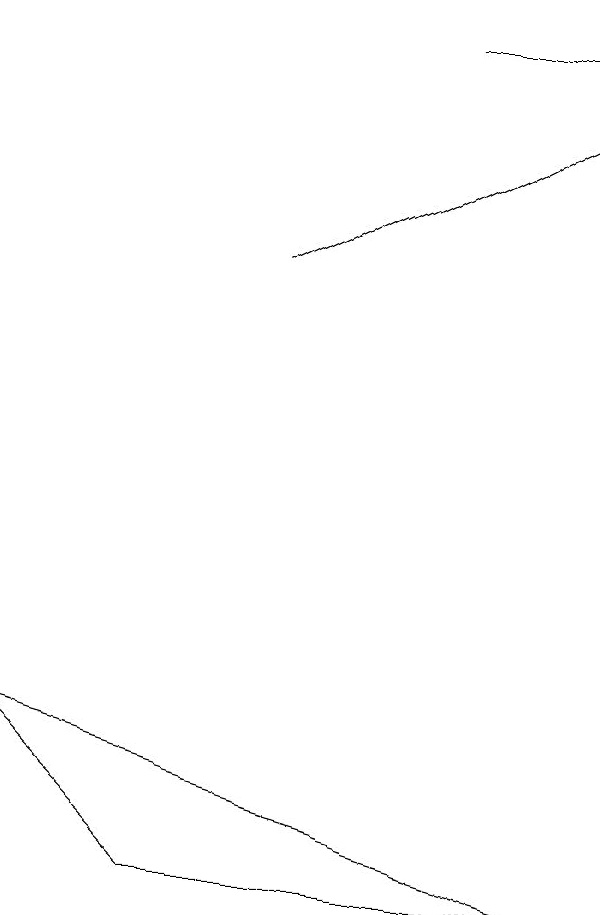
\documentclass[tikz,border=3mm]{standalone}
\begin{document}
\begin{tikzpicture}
\draw (6,18) rectangle (8,18);
\draw[->] (4,15) -- (8,17);
\draw (3,7) -- (1,9) -- (8,7) -- cycle;
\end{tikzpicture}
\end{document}